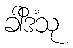
ခါဒိံသု